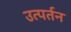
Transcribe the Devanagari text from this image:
उत्पर्तन